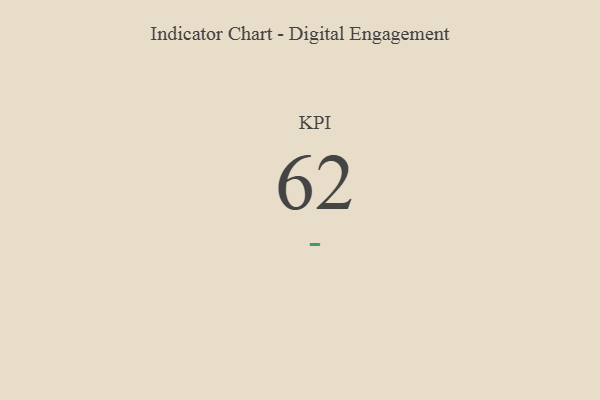
{"axis": {"x": "KPI", "y": "Value"}, "legend": [""], "data": [{"x": "KPI", "y": 62, "type": ""}]}